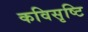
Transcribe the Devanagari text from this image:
कविसृष्टि